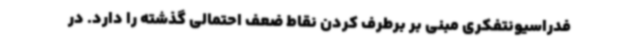
فدراسیونتفکری مبنی بر برطرف کردن نقاط ضعف احتمالی گذشته را دارد. در